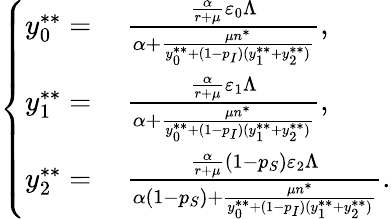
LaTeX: \left\{ \begin{array}{rl}{y_{0}^{**}=}&{{}~\frac{\frac{\alpha}{r+\mu}\varepsilon_{0}\Lambda}{\alpha+\frac{\mu n^{*}}{y_{0}^{**}+(1-p_{I})(y_{1}^{**}+y_{2}^{**})}},}\\ {y_{1}^{**}=}&{{}~\frac{\frac{\alpha}{r+\mu}\varepsilon_{1}\Lambda}{\alpha+\frac{\mu n^{*}}{y_{0}^{**}+(1-p_{I})(y_{1}^{**}+y_{2}^{**})}},}\\ {y_{2}^{**}=}&{{}~\frac{\frac{\alpha}{r+\mu}(1-p_{S})\varepsilon_{2}\Lambda}{\alpha(1-p_{S})+\frac{\mu n^{*}}{y_{0}^{**}+(1-p_{I})(y_{1}^{**}+y_{2}^{**})}}.}\end{array}\right.